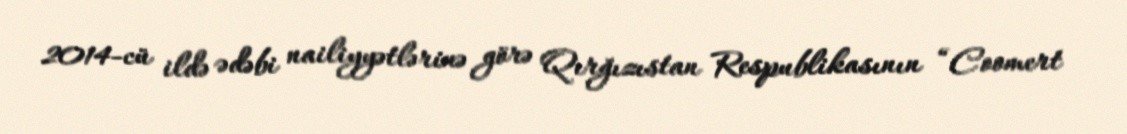
2014-cü ildə ədəbi nailiyyətlərinə görə Qırğızıstan Respublikasının “Coomert